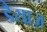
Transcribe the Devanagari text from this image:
डैयाज़